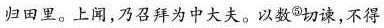
归田里。上闻，乃召拜为中大夫。以数^{⑤}切谏，不得